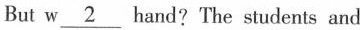
But w\underline{2} hand?The students and